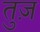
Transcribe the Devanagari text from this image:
तुज़